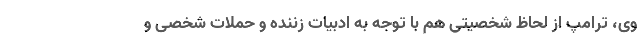
وی، ترامپ از لحاظ شخصیتی هم با توجه به ادبیات زننده و حملات شخصی و